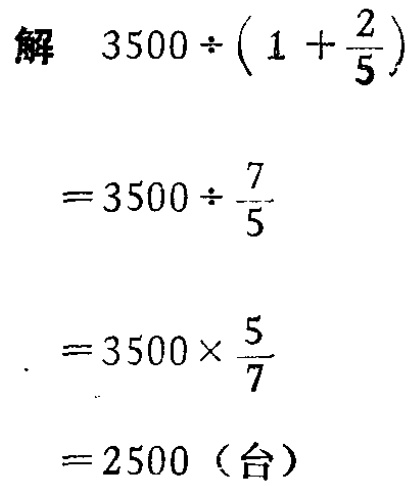
解

\[

\begin{align*}

&3500\div\left(1 + \frac{2}{5}\right)\\

=&3500\div\frac{7}{5}\\

=&3500\times\frac{5}{7}\\

=&2500 \text{（台）}

\end{align*}

\]